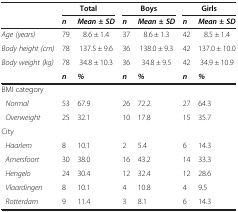
|  | <COLSPAN=2> Total | <COLSPAN=2> Boys | <COLSPAN=2> Girls |
 |  | n | Mean ± SD | n | Mean ± SD | n | Mean ± SD |
 | --- | --- | --- | --- | --- | --- | --- |
 | Age (years) | 79 | 8.6 ± 1.4 | 37 | 8.6 ± 1.3 | 42 | 8.5 ± 1.4 |
 | Body height (cm) | 78 | 137.5 ± 9.6 | 36 | 138.0 ± 9.3 | 42 | 137.0 ± 10.0 |
 | Body weight (kg) | 78 | 34.8 ± 10.3 | 36 | 34.8 ± 9.5 | 42 | 34.9 ± 10.9 |
 |  | n | % | n | % | n | % |
 | BMI category |  |  |  |  |  |  |
 | Normal | 53 | 67.9 | 26 | 72.2 | 27 | 64.3 |
 | Overweight | 25 | 32.1 | 10 | 17.8 | 15 | 35.7 |
 | City |  |  |  |  |  |  |
 | Haarlem | 8 | 10.1 | 2 | 5.4 | 6 | 14.3 |
 | Amersfoort | 30 | 38.0 | 16 | 43.2 | 14 | 33.3 |
 | Hengelo | 24 | 30.4 | 12 | 32.4 | 12 | 28.6 |
 | Vlaardingen | 8 | 10.1 | 4 | 10.8 | 4 | 9.5 |
 | Rotterdam | 9 | 11.4 | 3 | 8.1 | 6 | 14.3 |